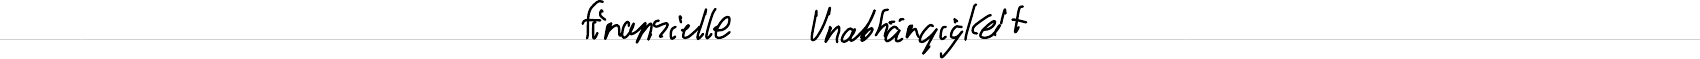
finanzielle Unabhängigkeit